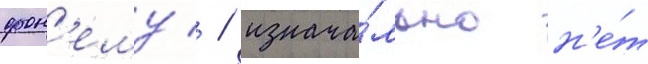
фон'ему/ / изнача́льно н'е́т